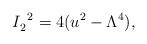
LaTeX: \begin{align*}I^{\;\; 2}_2=4(u^2-\Lambda^4),\end{align*}